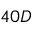
4 0 D